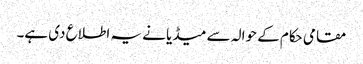
مقامی حکام کے حوالہ سے میڈیا نے یہ اطلاع دی ہے۔